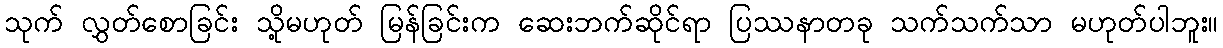
သုက် လွှတ်စောခြင်း သို့မဟုတ် မြန်ခြင်းက ဆေးဘက်ဆိုင်ရာ ပြဿနာတခု သက်သက်သာ မဟုတ်ပါဘူး။